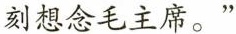
刻想念毛主席。”